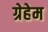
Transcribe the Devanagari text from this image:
ग्रेहेम